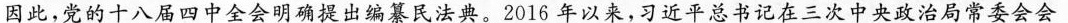
因此，党的十八届四中全会明确提出编纂民法典。2016年以来，习近平总书记在三次中央政治局常委会会